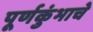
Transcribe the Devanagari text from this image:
पूर्णकुंभाचे